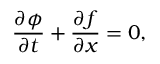
\frac { \partial \phi } { \partial t } + \frac { \partial f } { \partial x } = 0 ,